Lunatic asylums Central Provinces reports 1895-1909 - 1895-1909
Year: 1895
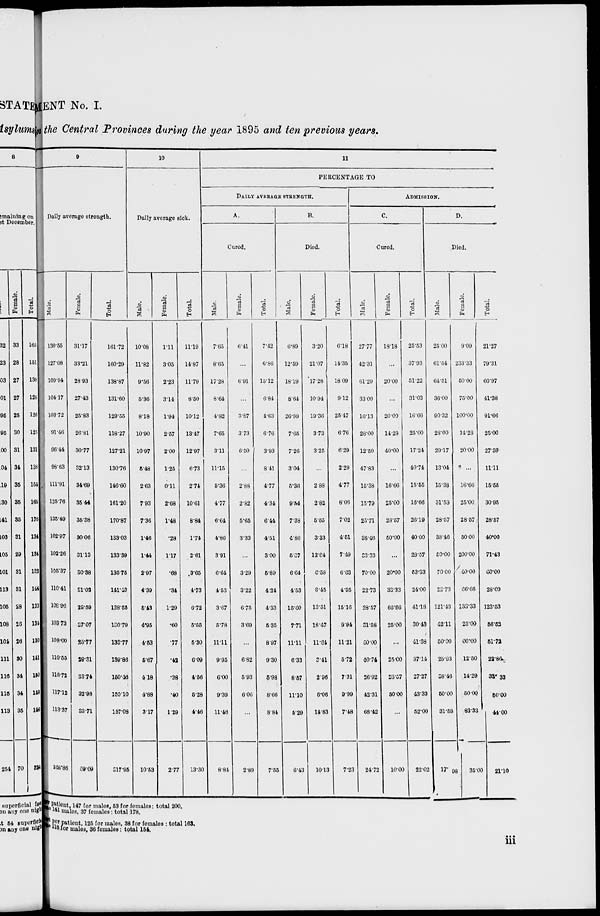
ENT No. I.
the Central Provinces during the year 1895 and ten previous years.
9
Daily average strength.
Male.
130.55
127.08
109.94
104.17
103.72
91.46
96.44
98.63
111.91
125.76
135.49
102.97
102.26
105.37
110.41
108.96
103.72
108.00
110.55
118.72
117.12
113.37
248.86
Female.
31.17
33.21
28.93
27.43
25.83
26.81
30.77
32.13
34.69
35 44
35.38
30.06
91.13
30.38
31.02
29.59
27.07
25.77
29.31
33.74
32.98
33.71
69.09
Total.
161.72
160.29
138.87
131.60
129.55
118.27
127.21
130.76
146.60
161.20
170.87
133.03
133.39
135.75
141.43
138.50
130.79
133.77
139.86
150.46
100.10
147.08
317.95
10
Daily average sick.
Male.
10.08
11.82
9.56
5.36
8.18
10.90
10.97
5.48
2.63
7.93
7.36
1.46
1.44
2.97
4.39
6.43
4.95
4.63
6.67
4.18
4.88
3.17
10.53
Female.
1.11
3.05
2.23
3.14
1.94
2.57
2.00
1.25
0.11
2.68
1.48
.28
1.17
.68
.34
1.29
.60
.77
.42
.38
.40
1.29
2.77
Total.
11.19
14.87
11.79
8.50
10.12
13.47
12.97
6.73
2.74
10.61
8.84
1.74
2.61
3.65
4.73
6.72
6.55
6.30
6.09
4.56
6.28
4.46
13.30
11
PERCENTAGE TO
DAILY AVERAGE STRENGTH.
A.
Cured.
Male.
7.65
8.65
17.28
8.64
4.82
7.65
3.11
11.15
5.36
4.77
6.64
4.80
3.91
6.64
4.53
3.67
5.78
11.11
9.95
6.00
9.39
11.46
8.84
Female.
6.41
...
6.91
...
3.87
3.73
6.50
...
2.88
2.82
5.65
3.33
...
3.29
3.22
6.75
3.69
...
6.82
5.93
6.06
...
2.89
Total.
7.42
6.86
15.12
6.84
4.63
6.76
3.93
8.41
4.77
4.34
6.44
4.51
3.00
6.89
4.24
4.33
6.35
8.97
9.30
5.98
8.66
8.84
7.55
B.
Died.
Male.
6.89
12.59
18.19
8.64
26.99
7.65
7.26
3.04
5.38
9.54
7.38
4.86
5.07
6.64
4.53
15.60
7.71
11.11
6.33
8.57
11.10
5.29
6.43
Female.
3.20
21.07
17.28
10.94
19.36
3.73
3.25
...
2.88
2.82
6.65
3.33
12.84
6.58
8.45
13.51
18.47
11.64
3.41
2.96
6.06
14.83
10.13
Total.
6.18
14.35
18.09
9.12
25.47
6.76
6.29
2.29
4.77
8.06
7.02
4.51
7 49
6.63
4.95
15.16
9.94
11.21
5.72
7.31
9.99
7.48
7.23
ADMISSION.
C.
Cured.
Male.
27.77
42.31
61.29
33.00
16.13
28.00
12.50
47.83
15.38
15.79
25.71
38.46
33.33
70.00
22.73
28.57
31.58
50.00
40.74
26.92
42.31
68.42
24.72
Female.
18.18
...
20.00
...
20.00
14.28
40.00
...
16.66
25.00
28.57
50.00
...
20.00
33.33
66.66
25.00
...
25.00
28.57
60.00
...
10.00
Total.
25.53
37.93
51.22
31.03
16.66
25.00
17.24
40.74
15.55
16.66
26.19
4000
23.57
63.33
24.00
41.18
30.43
41.38
37.14
27.27
43.33
52.00
22.02
D.
Died.
Male.
25.00
61.54
64.51
36.00
90.32
28.00
29.17
13.04
15.38
31.53
28.57
33.46
50.00
70.00
22.73
121.43
42.11
50.00
25.93
38.46
60.00
31.58
17.98
Female.
9.09
233.33
50.00
75.00
100.00
11.23
20.00
...
16.66
25.00
28.57
50.00
200.00
40.00
66.66
133.33
25.00
60.00
12.50
14.29
50.00
83.33
35.00
Total.
21.27
79.31
60.97
41.38
91.66
25.00
27.59
11.11
15.55
30.95
28.57
40.00
71.43
60.00
28.00
123.53
56.52
51.72
22.86
33.33
50.00
44.00
21.10
per patient,147 for males, 53 for females: total 200.
was 141 males, 37 females: total 178.
per patient, 125 for males, 38 for females : total 163.
118 for males, 36 females: total 154.
iii